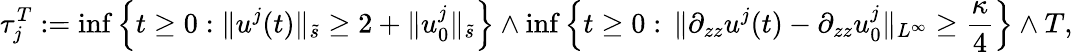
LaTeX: \tau_{j}^{T}:=\operatorname*{inf}\left\lbrace t\geq 0:\| u^{j}(t)\| _{\tilde{s}}\geq 2+\| u_{0}^{j}\| _{\tilde{s}}\right\rbrace\wedge\operatorname*{inf}\left\lbrace t\geq 0:\, \| \partial_{zz}u^{j}(t)-\partial_{zz}u_{0}^{j}\| _{L^{\infty}}\geq\frac\kappa 4\right\rbrace\wedge T,